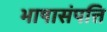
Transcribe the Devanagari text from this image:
भाषासंपत्ति